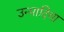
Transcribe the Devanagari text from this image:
उन्मादिया